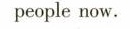
people now.